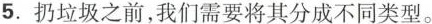
5.扔垃圾之前，我们需要将其分成不同类型.。